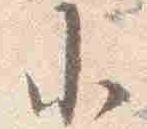
小